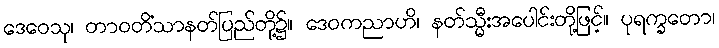
ဒေဝေသု၊ တာဝတိံသာနတ်ပြည်တို့၌။ ဒေဝကညာဟိ၊ နတ်သ္မီးအပေါင်းတို့ဖြင့်။ ပုရက္ခတော၊